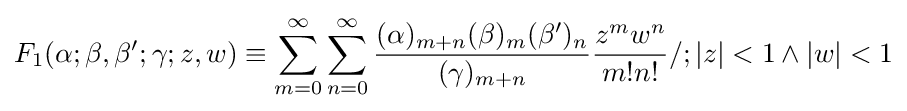
F_{1}(\alpha ;\beta ,\beta ';\gamma ;z,w)\equiv \sum _{m=0}^{\infty }\sum _{n=0}^{\infty }{\frac {(\alpha )_{m+n}(\beta )_{m}(\beta ')_{n}}{(\gamma )_{m+n}}}{\frac {z^{m}w^{n}}{m!n!}}/;|z|<1\land |w|<1